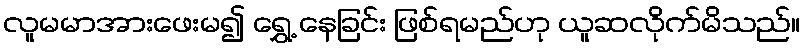
လူမမာအားဖေးမ၍ ရွှေ့ နေခြင်း ဖြစ်ရမည်ဟု ယူဆလိုက်မိသည်။